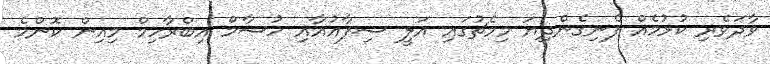
ވާދަވެރި ކުޅުމެއް ފެނިގެންދިޔަ މިމެޗުގައި އަލީ ޝިފާއުއާއި ހުޝާމް އިބްރާހިމް މިއިން ކޮންމެ